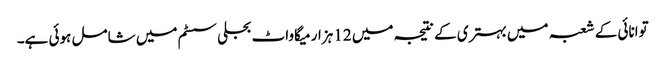
توانائی کے شعبہ میں بہتری کے نتیجہ میں 12 ہزار میگاواٹ بجلی سسٹم میں شامل ہوئی ہے۔